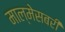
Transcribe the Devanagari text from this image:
माल्मेसबरी